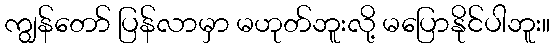
ကျွန်တော် ပြန်လာမှာ မဟုတ်ဘူးလို့ မပြောနိုင်ပါဘူး။